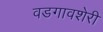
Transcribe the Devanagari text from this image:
वडगावशेरी